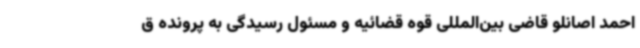
احمد اصانلو قاضی بین‌المللی قوه قضائیه و مسئول رسیدگی به پرونده ق